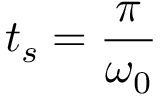
t _ { s } = \frac { \pi } { \omega _ { 0 } }